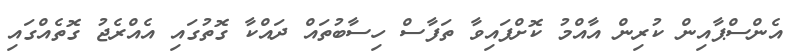
އެންސްޕާއިން ކުރިން އާއްމު ކޮށްފައިވާ ތަފާސް ހިސާބުތައް ދައްކާ ގޮތުގައި އެއްރެޖު ގޮތެއްގައި